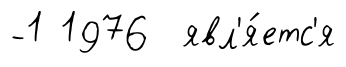
-1 1976 явл'я́етс'я